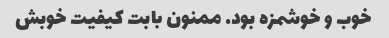
خوب و خوشمزه بود. ممنون بابت کیفیت خوبش